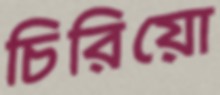
চিরিয়ো